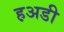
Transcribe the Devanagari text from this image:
ह़अडी